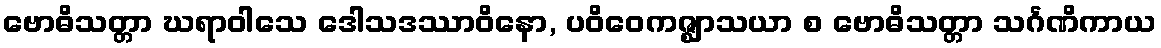
ဗောဓိသတ္တာ ဃရာဝါသေ ဒေါသဒဿာဝိနော, ပဝိဝေကဇ္ဈာသယာ စ ဗောဓိသတ္တာ သင်္ဂဏိကာယ